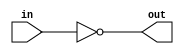
module inverter_dataflow(out,in);
output out;
input in;
assign out=~in; 

endmodule